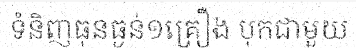
ទំនិញធុនធ្ងន់១គ្រឿង បុកជាមួយ